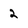
Character: 2